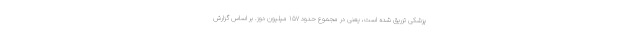
پزشکی تزریق شده است، یعنی در مجموع حدود ۱۵۷ میلیون دوز. بر اساس گزارش